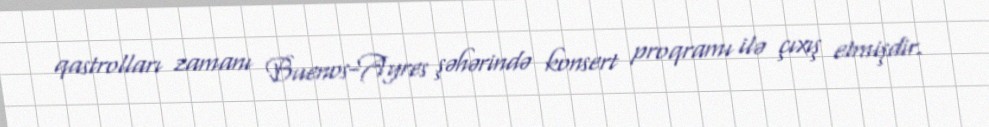
qastrolları zamanı Buenos-Ayres şəhərində konsert proqramı ilə çıxış etmişdir.